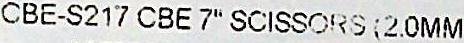
CBE-S217 CBE 7" SCISSORS (2.0MM